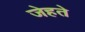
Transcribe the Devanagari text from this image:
जेहते